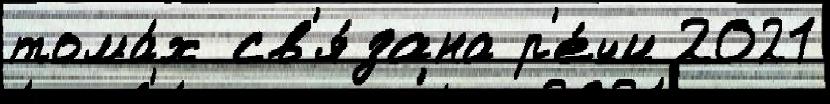
тома́х св'я́зана р'е́чи 2021